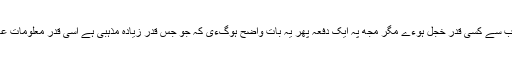
میرے دوست اس جواب سے کسی قدر خجل ہوءے مگر مجھ پہ ایک دفعہ پھر یہ بات واضح ہوگءی کہ جو جس قدر زیادہ مذہبی ہے اسی قدر معلومات عامہ سے بے بہرہ ہے۔